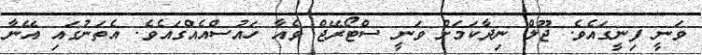
ވަނީ ފިނީގައެވެ. ޖޫލް ނިދާކަމަށް ވަނީ ސްޓޯރޭޖް ވެއާ ހައުސްއެއްގައެވެ. އެތަނުގައި އޭނާ